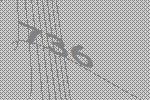
736